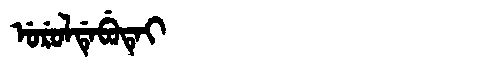
Manchu: ᡠᡵᡠᠯᡩᡝᠪᡠᡨᡝᡳ
Romanization: URULDEBUTEI